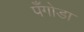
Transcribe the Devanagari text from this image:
पँगोडा